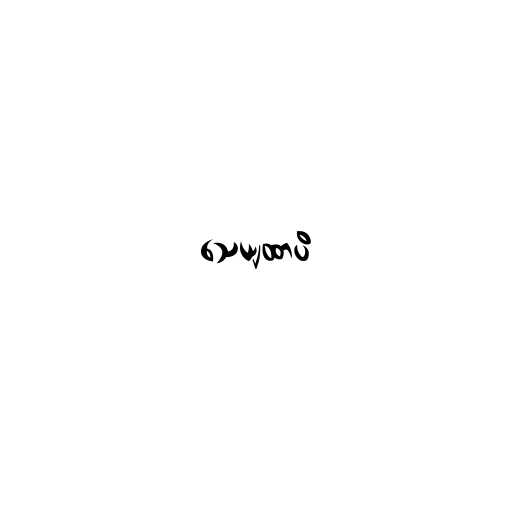
သေယျထာပိ